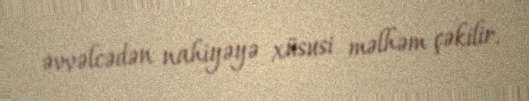
əvvəlcədən nahiyəyə xüsusi məlhəm çəkilir.